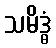
သမိဒ္ဓံ